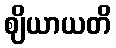
ဈိယာယတိ